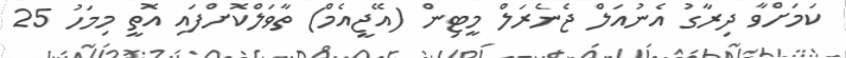
ކަމަށްވާ ދިރާގު އެނުއަލް ޖެނެރަލް މީޓިން (އޭޖީއެމް) ތާވަލްކޮށްފައި އޮތީ މިމަހު 25